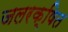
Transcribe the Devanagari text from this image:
जलरक्षित